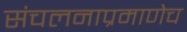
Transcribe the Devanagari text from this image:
संचलनाप्रमाणेच